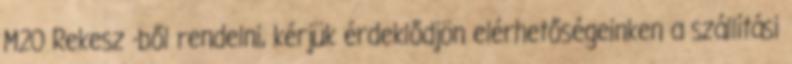
M20 Rekesz -ből rendelni, kérjük érdeklődjön elérhetőségeinken a szállítási